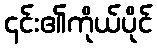
၎င်း၏ကိုယ်ပိုင်